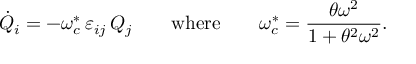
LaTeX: \dot { Q } _ { i } = - \omega _ { c } ^ { * } \, \varepsilon _ { i j } \, Q _ { j } \qquad \mathrm { w h e r e } \qquad \omega _ { c } ^ { * } = \frac { \theta \omega ^ { 2 } } { 1 + \theta ^ { 2 } \omega ^ { 2 } } .